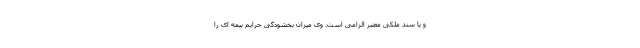
و یا سند ملکی معتبر الزامی است. وی میزان بخشودگی جرایم بیمه ای را